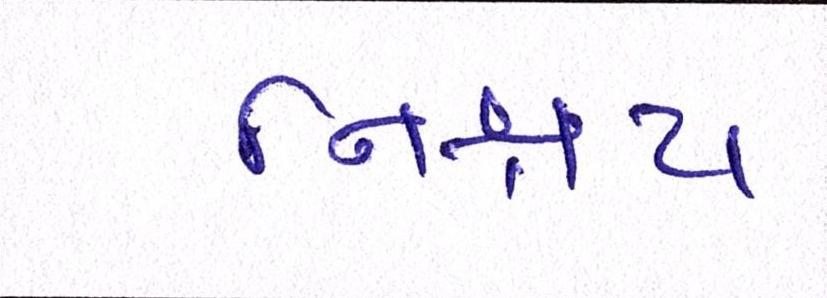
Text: નિશ્ચય